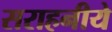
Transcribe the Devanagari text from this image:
सराहनीये